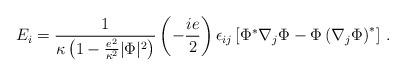
LaTeX: \begin{align*} E_i = {1 \over \kappa \left(1 - { e^2 \over \kappa^2} |\Phi|^2\right) }\left(- {i e \over 2}\right) \epsilon_{ij} \left[ \Phi ^\ast \nabla_j \Phi - \Phi \left(\nabla_j\Phi\right)^\ast\right] \, .\end{align*}